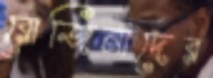
রোজিনাদের